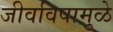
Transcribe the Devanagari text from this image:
जीवविषामुळे